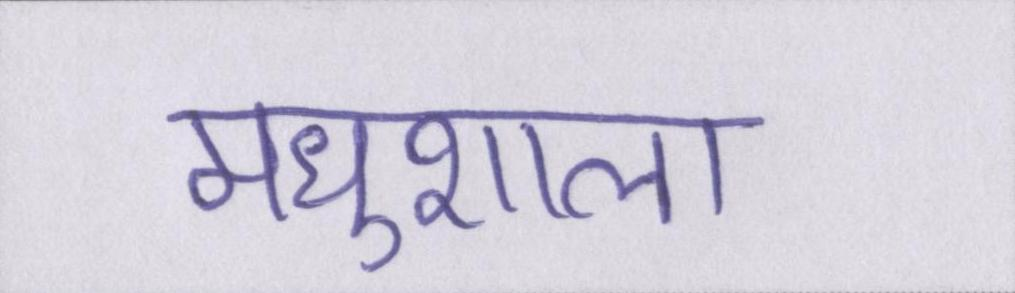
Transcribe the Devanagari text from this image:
मधुशाला।